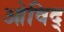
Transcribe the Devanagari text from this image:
ओविद्